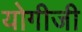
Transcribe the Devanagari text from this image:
योगीजी